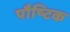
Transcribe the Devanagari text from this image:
पौष्‍िटक